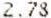
2.78